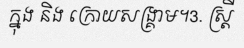
ក្នុង និង ក្រោយសង្គ្រាម។3. ស្ត្រី